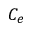
C _ { e }